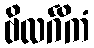
ဗိလင်္ဂိကံ